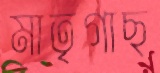
মাতৃগাছ